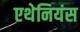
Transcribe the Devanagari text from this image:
एथेनियंस